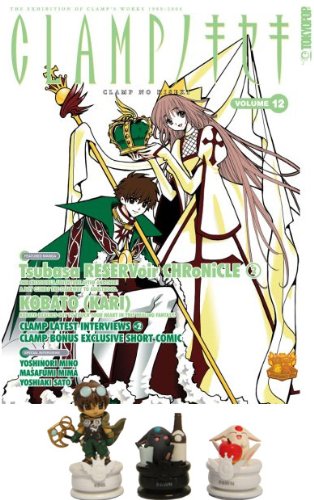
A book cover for The Clamp No Kiseki Magazine Collectible Vol. 12 with Figures Set; Crafts, Hobbies & Home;